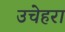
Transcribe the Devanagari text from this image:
उचेहरा